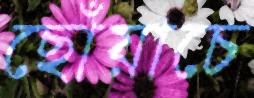
ছোঁয়াচে